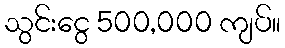
သွင်းငွေ 500,000 ကျပ်။